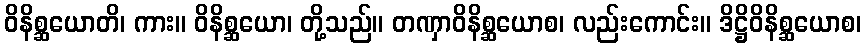
ဝိနိစ္ဆယောတိ၊ ကား။ ဝိနိစ္ဆယော၊ တို့သည်။ တဏှာဝိနိစ္ဆယောစ၊ လည်းကောင်း။ ဒိဋ္ဌိဝိနိစ္ဆယောစ၊